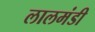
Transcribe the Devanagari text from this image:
लालमंडी